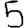
Digit: 5